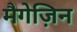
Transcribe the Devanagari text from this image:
मैगेज़िन